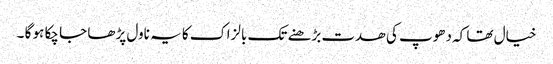
خیال تھا کہ دھوپ کی ھدت بڑھنے تک بالزاک کا یہ ناول پڑھا جا چکا ہو گا ۔